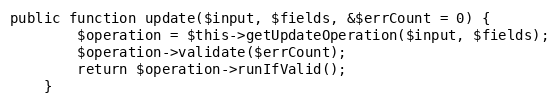
Language: PHP
public function update($input, $fields, &$errCount = 0) {
		$operation = $this->getUpdateOperation($input, $fields);
		$operation->validate($errCount);
		return $operation->runIfValid();
	}